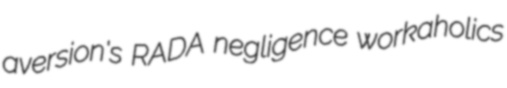
aversion's RADA negligence workaholics